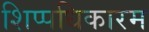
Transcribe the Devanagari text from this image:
शिप्पधिकारम